Report of the Indian Hemp Drugs Commission, 1894-1895 - Volume IV
Year: 1894
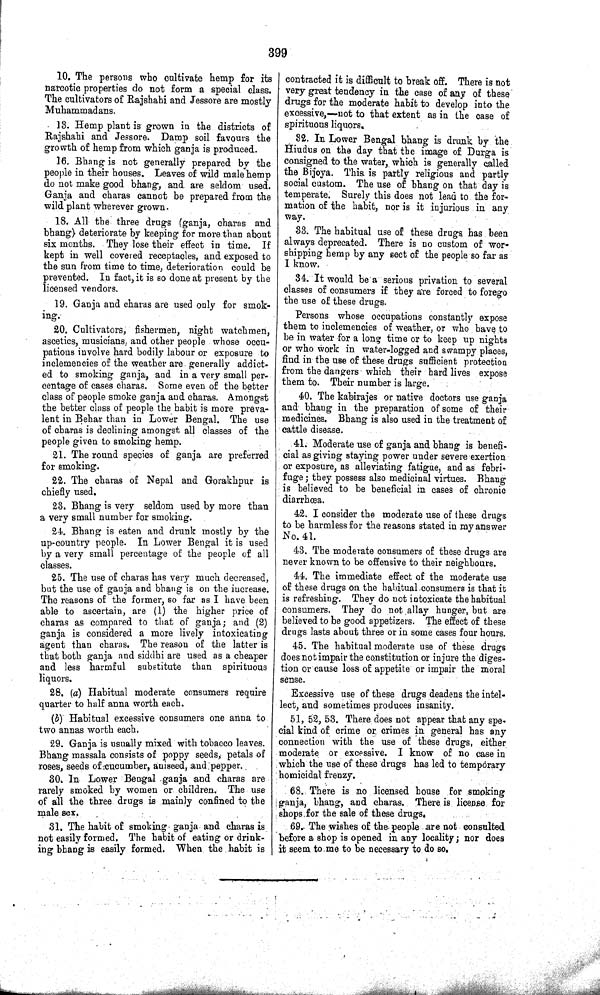
399
10. The persons who cultivate hemp for its
narcotic properties do not form a special class.
The cultivators of Rajshahi and Jessore are mostly
Muhammadans.
13. Hemp plant is grown in the districts of
Rajshahi and Jessore. Damp soil favours the
growth of hemp from which ganja is produced.
16. Bhang is not generally prepared by the
people in their houses. Leaves of wild male hemp
do not make good bhang, and are seldom used.
Ganja and charas cannot be prepared from the
wild plant wherever grown.
18. All the three drugs (ganja, charas and
bhang) deteriorate by keeping for more than about
six months. They lose their effect in time. If
kept in well covered receptacles, and exposed to
the sun from time to time, deterioration could be
prevented. In fact, it is so done at present by the
licensed vendors.
19. Ganja and charas are used only for smok-
ing.
20. Cultivators, fishermen, night watchmen,
ascetics, musicians, and other people whose occu-
pations involve hard bodily labour or exposure to
inclemencies of the weather are generally addict-
ed to smoking ganja, and in a very small per-
centage of cases charas. Some even of the better
class of people smoke ganja and charas. Amongst
the better class of people the habit is more preva-
lent in Behar than in Lower Bengal. The use
of charas is declining amongst all classes of the
people given to smoking hemp.
21. The round species of ganja are preferred
for smoking.
22. The charas of Nepal and Gorakhpur is
chiefly used.
23. Bhang is very seldom used by more than
a very small number for smoking.
24. Bhang is eaten and drunk mostly by the
up-country people. In Lower Bengal it is used
by a very small percentage of the people of all
classes.
25. The use of charas has very much decreased,
but the use of ganja and bhang is on the increase.
The reasons of the former, so far as I have been
able to ascertain, are (1) the higher price of
charas as compared to that of ganja; and (2)
ganja is considered a more lively intoxicating
agent than charas. The reason of the latter is
that both ganja and siddhi are used as a cheaper
and less harmful substitute than spirituous
liquors.
28. (a) Habitual moderate consumers require
quarter to half anna worth each.
(b) Habitual excessive consumers one anna to
two annas worth each.
29. Ganja is usually mixed with tobacco leaves.
Bhang massala consists of poppy seeds, petals of
roses, seeds of cucumber, aniseed, and pepper.
30. In Lower Bengal ganja and charas are
rarely smoked by women or children. The use
of all the three drugs is mainly confined to the
male sex.
31. The habit of smoking ganja and charas is
not easily formed. The habit of eating or drink-
ing bhang is easily formed. When the habit is
contracted it is difficult to break off. There is not
very great tendency in the case of any of these
drugs for the moderate habit to develop into the
excessive,—not to that extent as in the case of
spirituous liquors.
32. In Lower Bengal bhang is drunk by the
Hindus on the day that the image of Durga is
consigned to the water, which is generally called
the Bijoya. This is partly religious and partly
social custom. The use of bhang on that day is
temperate. Surely this does not lead to the for-
mation of the habit, nor is it injurious in any
way.
33. The habitual use of these drugs has been
always deprecated. There is no custom of wor-
shipping hemp by any sect of the people so far as
I know.
34. It would be a serious privation to several
classes of consumers if they are forced to forego
the use of these drugs.
Persons whose occupations constantly expose
them to inclemencies of weather, or who have to
be in water for a long time or to keep up nights
or who work in water-logged and swampy places,
find in the use of these drugs sufficient protection
from the dangers which their hard lives expose
them to. Their number is large.
40. The kabirajes or native doctors use ganja
and bhang in the preparation of some of their
medicines. Bhang is also used in the treatment of
cattle disease.
41. Moderate use of ganja and bhang is benefi-
cial as giving staying power under severe exertion
or exposure, as alleviating fatigue, and as febri-
fuge; they possess also medicinal virtues. Bhang
is believed to be beneficial in cases of chronic
diarrhœa.
42. I consider the moderate use of these drugs
to be harmless for the reasons stated in my answer
No. 41.
43. The moderate consumers of these drugs are
never known to be offensive to their neighbours.
44. The immediate effect of the moderate use
of these drugs on the habitual consumers is that it
is refreshing. They do not intoxicate the habitual
consumers. They do not allay hunger, but are
believed to be good appetizers. The effect of these
drugs lasts about three or in some cases four hours.
45. The habitual moderate use of these drugs
does not impair the constitution or injure the diges-
tion or cause loss of appetite or impair the moral
sense.
Excessive use of these drugs deadens the intel-
lect, and sometimes produces insanity.
51, 52, 53. There does not appear that any spe-
cial kind of crime or crimes in general has any
connection with the use of these drugs, either
moderate or excessive. I know of no case in
which the use of these drugs has led to temporary
homicidal frenzy.
68. There is no licensed house for smoking
ganja, bhang, and charas. There is license for
shops for the sale of these drugs.
69. The wishes of the people are not consulted
before a shop is opened in any locality; nor does
it seem to me to be necessary to do so.